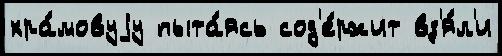
хра́мовуjу пыта́ясь сод'е́ржит вз'я́л'и